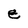
Character: e